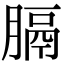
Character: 膈